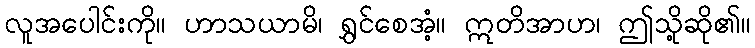
လူအပေါင်းကို။ ဟာသယာမိ၊ ရွှင်စေအံ့။ ဣတိအာဟ၊ ဤသို့ဆို၏။